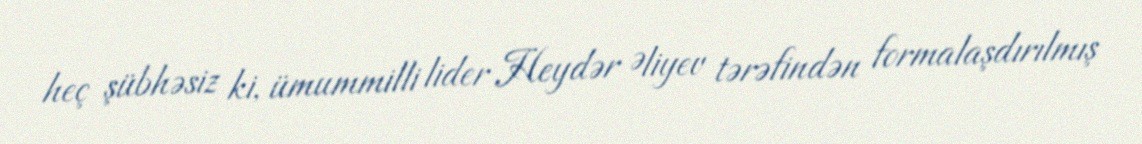
heç şübhəsiz ki, ümummilli lider Heydər Əliyev tərəfindən formalaşdırılmış